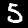
Digit: 5